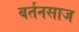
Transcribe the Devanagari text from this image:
बर्तनसाज